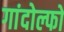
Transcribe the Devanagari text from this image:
गांदोल्फो